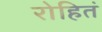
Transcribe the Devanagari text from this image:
रोहितं